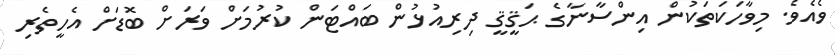
ވެއެވެ. މިވާހަކަތަކުން އިންސާނާގެ ޙަޤީޤީ ދިރިއުޅުން ބައްޓަން ކުރުމަށް ވަރަށް ބޮޑަށް އެހީތެރި